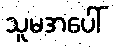
သူမအပေါ်